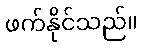
ဖက်နိုင်သည်။